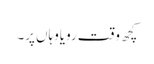
کچھ وقت رویاوہاں پر۔